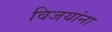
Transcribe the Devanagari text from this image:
विजयांना